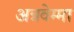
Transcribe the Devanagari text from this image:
अन्नवेम्मा